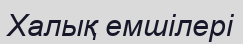
Халық емшілері